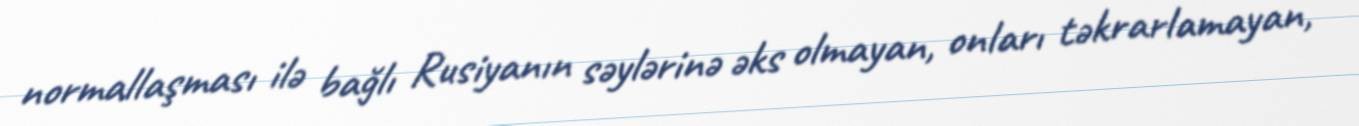
normallaşması ilə bağlı Rusiyanın səylərinə əks olmayan, onları təkrarlamayan,